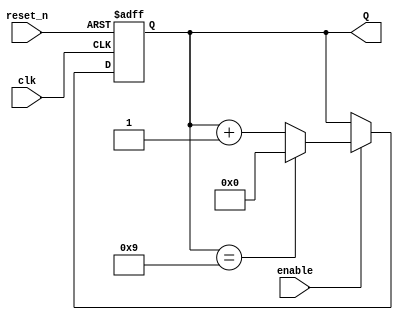
module mod_counter_parameter
    #(parameter FINAL_VALUE = 9)(//Final value is inclusive
    input clk,
    input reset_n,
    input enable,
    output [BITS - 1:0] Q
    );
    
    localparam BITS = $clog2(FINAL_VALUE);
    
    reg [BITS - 1:0] Q_reg, Q_next;
    wire done;
    
    always @(posedge clk, negedge reset_n)
    begin
        if (~reset_n)
            Q_reg <= 'b0;
        else if(enable)
            Q_reg <= Q_next;
        else
            Q_reg <= Q_reg;
    end
    
    // Next state logic
    assign done = Q_reg == FINAL_VALUE;

    always @(*)
        Q_next = done? 'b0: Q_reg + 1;
    
    // Output logic
    assign Q = Q_reg;
endmodule